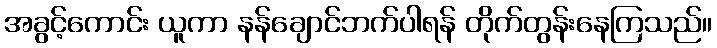
အခွင့်ကောင်း ယူကာ နန်ချောင်ဘက်ပါရန် တိုက်တွန်းနေကြသည်။